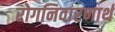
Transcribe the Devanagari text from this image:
रोगनिवारणार्थ